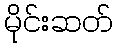
မိုင်းဆတ်